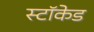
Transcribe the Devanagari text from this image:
स्टॉकेड